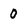
Character: 0